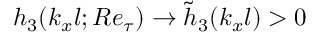
h _ { 3 } ( k _ { x } l ; R e _ { \tau } ) \rightarrow \tilde { h } _ { 3 } ( k _ { x } l ) > 0